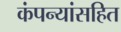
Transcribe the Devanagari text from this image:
कंपन्यांसहित